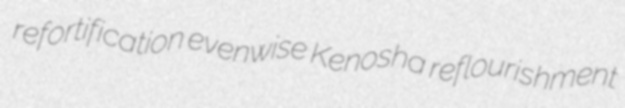
refortification evenwise Kenosha reflourishment